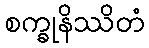
စက္ခုနိဿိတံ